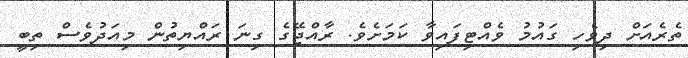
ތެރެއަށް ދިވެހި ގައުމު ވެއްޓިފައިވާ ކަމަށެވެ. ރާއްޖޭގެ ގިނަ ރައްޔިތުން މިއަދުވެސް ތިބީ